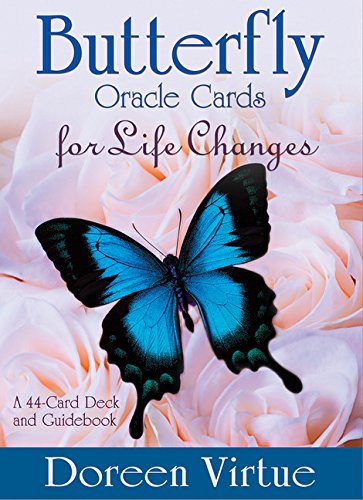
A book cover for Butterfly Oracle Cards for Life Changes: A 44-Card Deck and Guidebook; Doreen Virtue; Religion & Spirituality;